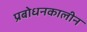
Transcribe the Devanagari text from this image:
प्रबोधनकालीन